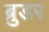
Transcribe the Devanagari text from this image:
ब्रुडर